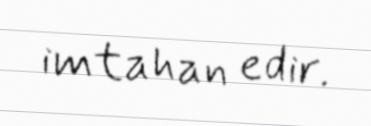
imtahan edir.